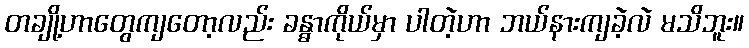
တချို့ဟာတွေကျတော့လည်း ခန္ဓာကိုယ်မှာ ပါတဲ့ဟာ ဘယ်နားကျခဲ့လဲ မသိဘူး။